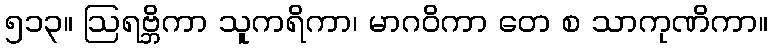
၅၁၃။ ဩရဗ္ဘိကာ သူကရိကာ၊ မာဂဝိကာ တေ စ သာကုဏိကာ။